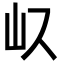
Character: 𭖀